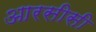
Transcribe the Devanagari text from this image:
आरसीसी